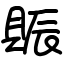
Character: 賑